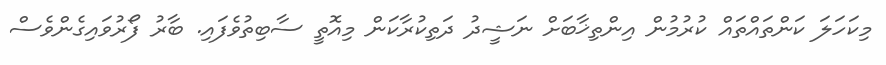
މިކަހަލަ ކަންތައްތައް ކުރުމުން އިންތިޚާބަށް ނަޝީދު ދަތިކުރާކަން މިއޮތީ ސާބިތުވެފައި. ބާރު ފޯރުވައިގެންވެސް